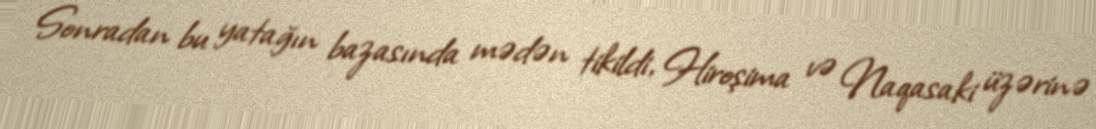
Sonradan bu yatağın bazasında mədən tikildi, Hiroşima və Naqasaki üzərinə